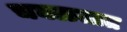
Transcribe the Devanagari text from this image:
चघळतात